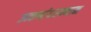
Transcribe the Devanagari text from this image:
उत्कर्षादरम्यान